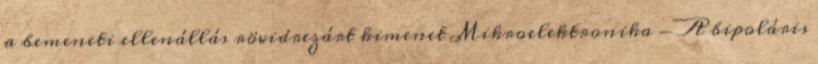
a bemeneti ellenállás rövidrezárt kimenet Mikroelektronika - A bipoláris